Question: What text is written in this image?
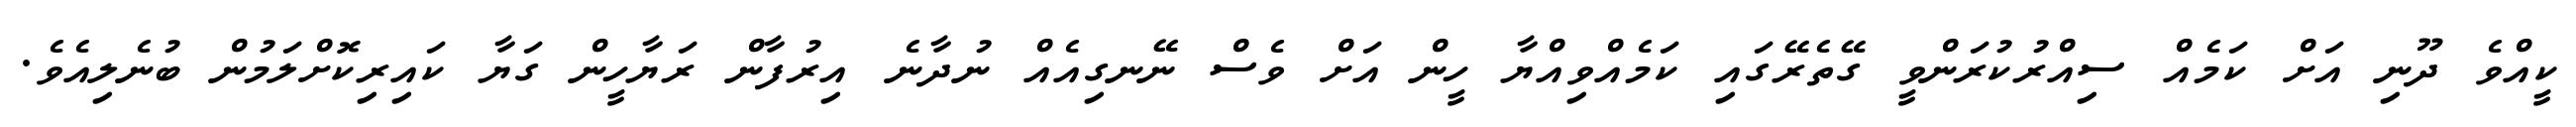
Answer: ކީއްވެ ދޫނި އަށް ކަމެއް ސިއްރުކުރަންވީ ގޭތެރޭގައި ކަމެއްވިއްޔާ ހީން އަށް ވެސް ނޭނގިއެއް ނުދާނެ އިރުފާން ރަޔާހީން ގަޔާ ކައިރިކޮށްލަމުން ބުނެލިއެވެ.